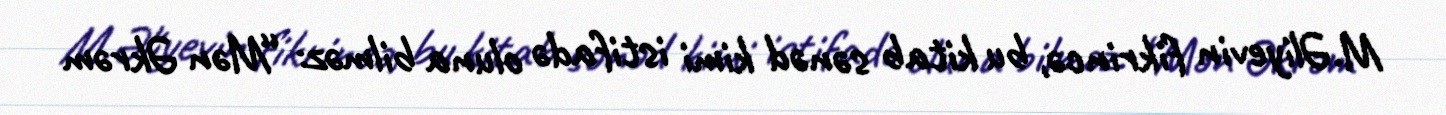
M.Əliyevin fikrincə, bu kitab sənəd kimi istifadə oluna bilməz: “Mən Əkrəm